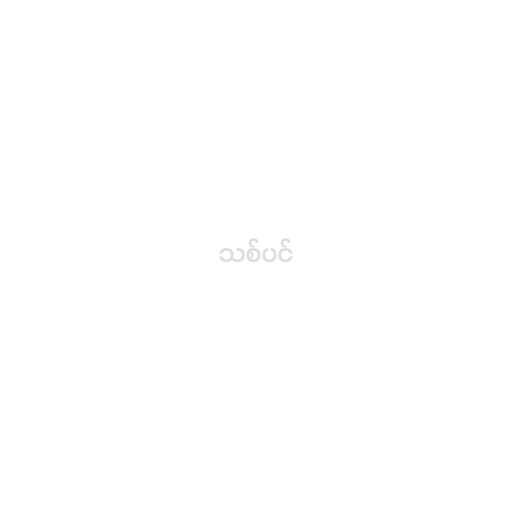
သစ်ပင်